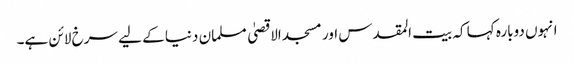
انہوں دوبارہ کہا کہ بیت المقدس اور مسجد الاقصیٰ مسلمان دنیا کے لیے سرخ لائن ہے۔